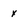
Character: X